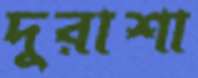
দুরাশা